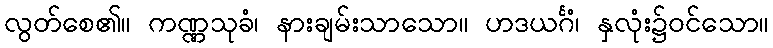
လွတ်စေ၏။ ကဏ္ဏသုခံ၊ နားချမ်းသာသော။ ဟဒယင်္ဂံ၊ နှလုံး၌ဝင်သော။